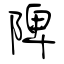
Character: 陴